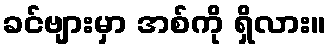
ခင်ဗျားမှာ အစ်ကို ရှိလား။